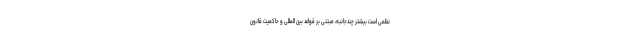
نظمی است بیشتر چندجانبه، مبتنی بر قواعد بین المللی و حاکمیت قانون